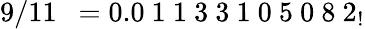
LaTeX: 9/11\ \ =0.0\ 1\ 1\ 3\ 3\ 1\ 0\ 5\ 0\ 8\ 2_{!}